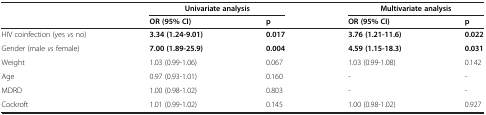
|  | Univariate analysis |  | Multivariate analysis |  |
 |  | OR (95% CI) | p | OR (95% CI) | p |
 | --- | --- | --- | --- | --- |
 | HIV coinfection (yes vs no) | 3.34 (1.24-9.01) | 0.017 | 3.76 (1.21-11.6) | 0.022 |
 | Gender (male vs female) | 7.00 (1.89-25.9) | 0.004 | 4.59 (1.15-18.3) | 0.031 |
 | Weight | 1.03 (0.99-1.06) | 0.067 | 1.03 (0.99-1.08) | 0.142 |
 | Age | 0.97 (0.93-1.01) | 0.160 | - | - |
 | MDRD | 1.00 (0.98-1.02) | 0.803 | - | - |
 | Cockroft | 1.01 (0.99-1.02) | 0.145 | 1.00 (0.98-1.02) | 0.927 |